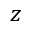
z